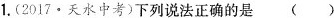
1.(2017·天水中考)下列说法正确的是()